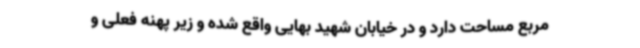
مربع مساحت دارد و در خیابان شهید بهایی واقع شده و زیر پهنه فعلی و